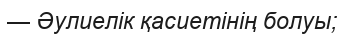
— Әулиелік қасиетінің болуы;